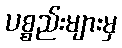
ပစ္စည်းများမှ